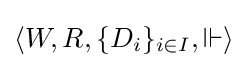
\langle W,R,\{D_{i}\}_{i\in I},\Vdash \rangle